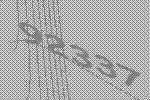
92337